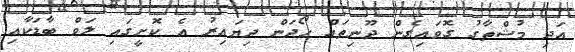
އަދި މުޝްތާގު ގޮވައިގެން ދޫނިތައް ހޯދަން ދިޔައިރު އެ ކޮށީގައި ލަވް ބާޑަކާއި